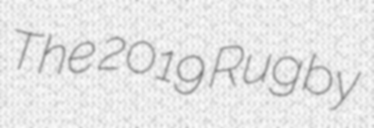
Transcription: The 2019 Rugby